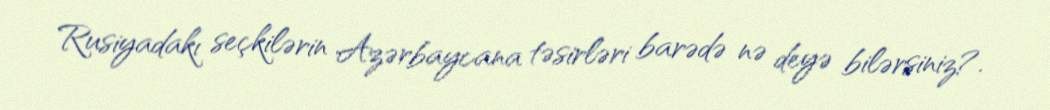
Rusiyadakı seçkilərin Azərbaycana təsirləri barədə nə deyə bilərsiniz?.